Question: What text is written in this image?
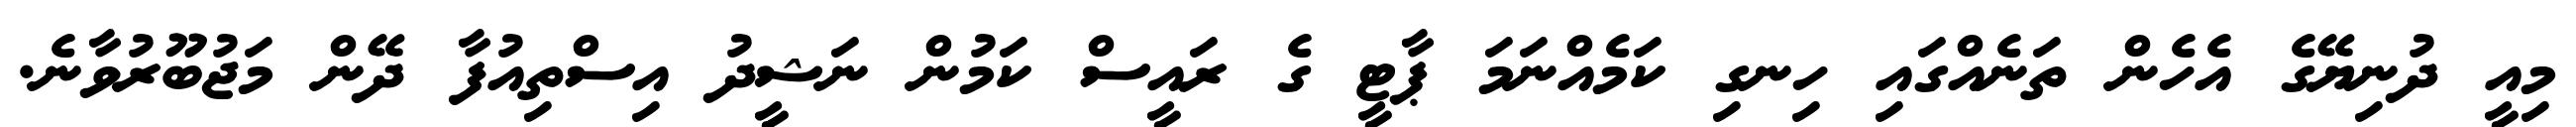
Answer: މިއީ ދުނިޔޭގެ އެހެން ތަނެއްގައި ހިނގި ކަމެއްނަމަ ޕާޓީ ގެ ރައީސް ކަމުން ނަޝީދު އިސްތިއުފާ ދޭން މަޖުބޫރުވާނެ.